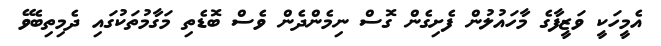
އެމީހަކީ ވަޒީފާގެ މާހައުލުން ފެށިގެން ގޮސް ނިމެންދެން ވެސް ބޮޑެތި މަގާމުތަކުގައި ދެމިތިބެވޭ